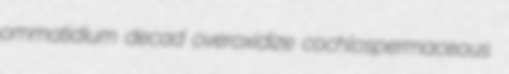
ommatidium decad overoxidize cochlospermaceous